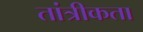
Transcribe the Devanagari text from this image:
तांत्रीकता